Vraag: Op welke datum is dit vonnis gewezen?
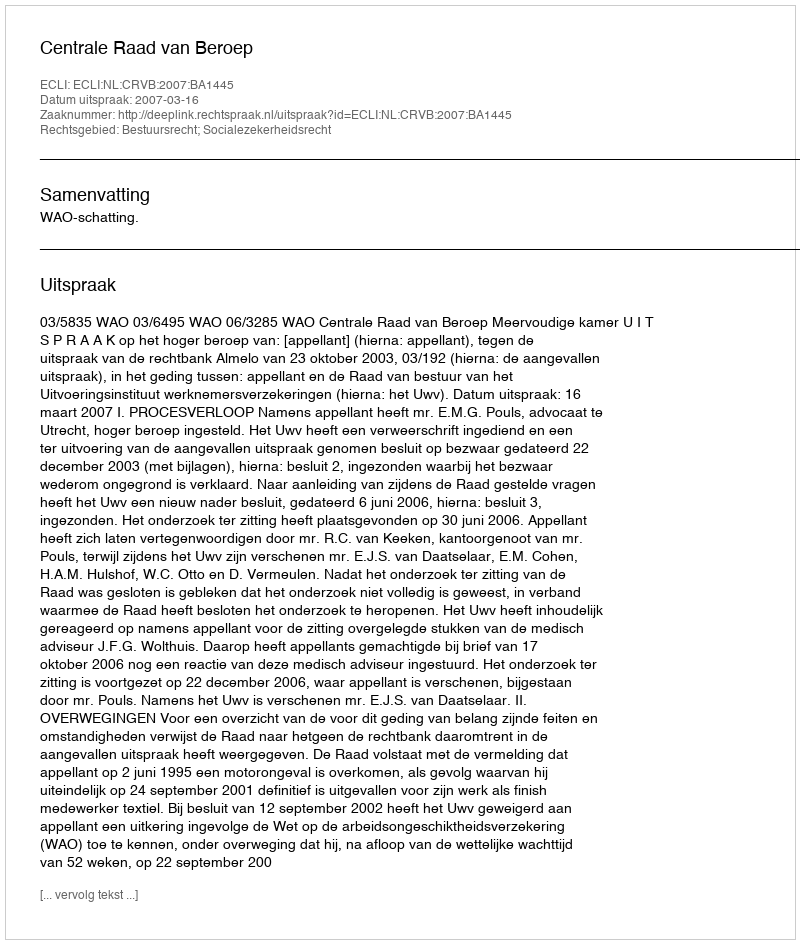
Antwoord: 2007-03-16